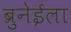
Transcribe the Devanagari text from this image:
ब्रुनेईला